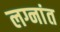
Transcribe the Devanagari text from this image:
लग्नांत